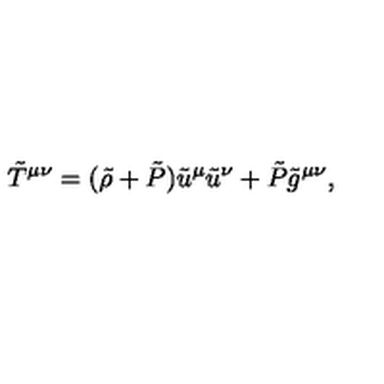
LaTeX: \tilde { T } ^ { \mu \nu } = ( \tilde { \rho } + \tilde { P } ) \tilde { u } ^ { \mu } \tilde { u } ^ { \nu } + \tilde { P } \tilde { g } ^ { \mu \nu } ,